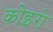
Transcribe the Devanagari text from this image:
कोइरो